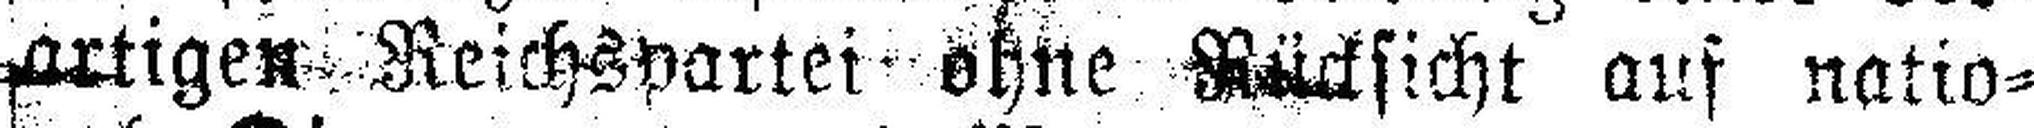
artigen Reichspartei ohne Rücksicht auf natio¬